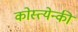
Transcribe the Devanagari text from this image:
कोस्त्येन्की